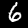
Label: 6